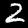
Digit: 2